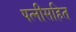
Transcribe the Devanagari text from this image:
पत्नीसहित